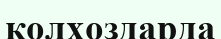
колхоздарда